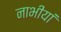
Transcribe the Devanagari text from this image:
नाभीयां